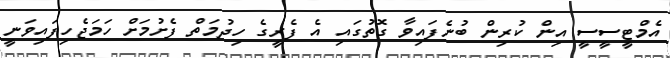
އެމްޓީސީސީ އިން ކުރިން ބުނެފައިވާ ގޮތުގައި އެ ފެރީގެ ހިދުމަތް ފެށުމަށް ހަމަޖެހިފައިވަނީ